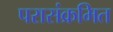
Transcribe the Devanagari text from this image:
परासंक्रमित